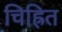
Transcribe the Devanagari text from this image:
चिह्रित